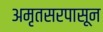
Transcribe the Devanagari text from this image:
अमृतसरपासून